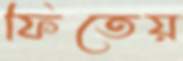
ফিতেয়